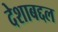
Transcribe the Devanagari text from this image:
देशाबद्दल